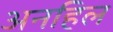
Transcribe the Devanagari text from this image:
अनहिल